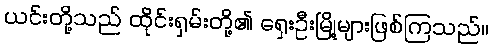
ယင်းတို့သည် ထိုင်းရှမ်းတို့၏ ရှေးဦးမြို့များဖြစ်ကြသည်။